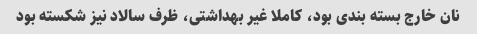
نان خارج بسته بندی بود، کاملا غیر بهداشتی، ظرف سالاد نیز شکسته بود